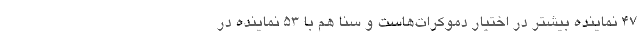
۴۷ نماینده بیشتر در اختیار دموکرات‌هاست و سنا هم با ۵۳ نماینده در